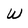
Character: w